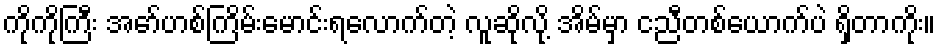
ကိုကိုကြီး အော်ဟစ်ကြိမ်းမောင်းရလောက်တဲ့ လူဆိုလို့ အိမ်မှာ ငညီတစ်ယောက်ပဲ ရှိတာကိုး။